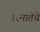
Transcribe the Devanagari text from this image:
वरमातेचे